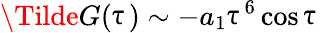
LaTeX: \Tilde{G}(\uptau)\sim-a_{1}\uptau^{6}\cos\uptau